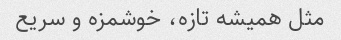
مثل همیشه تازه، خوشمزه و سریع